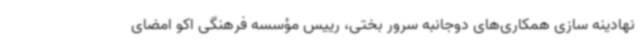
نهادینه سازی همکاری‌های دوجانبه سرور بختی، رییس مؤسسه فرهنگی اکو امضای